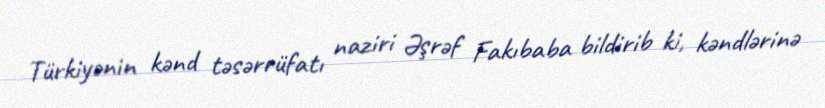
Türkiyənin kənd təsərrüfatı naziri Əşrəf Fakıbaba bildirib ki, kəndlərinə